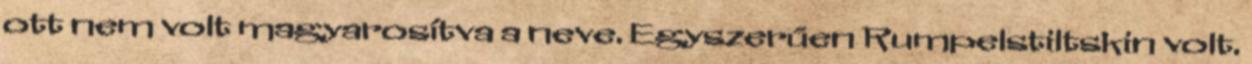
ott nem volt magyarosítva a neve. Egyszerűen Rumpelstiltskin volt.